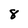
Character: 8